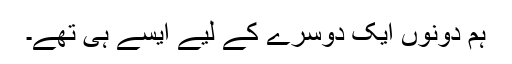
ہم دونوں ایک دوسرے کے لیے ایسے ہی تھے۔